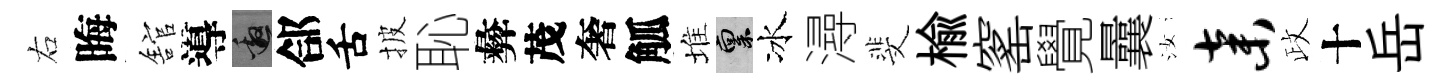
右晦舘導邀郃舌披恥彜茂奢觚堆禀冰潯斐榆窰覺曩汝弃政十岳